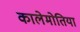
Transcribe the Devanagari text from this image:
कालेमोतिया